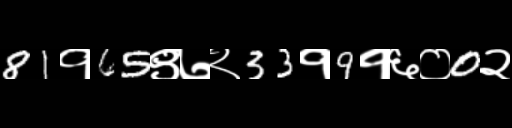
Text: 81१65९७२33१9१६०0२